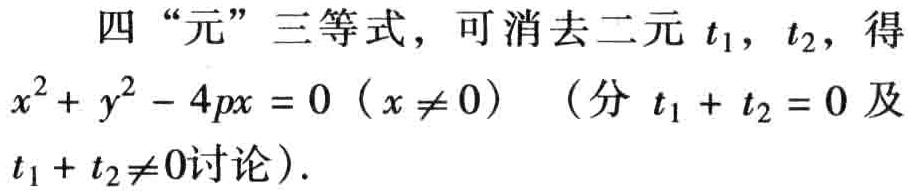
四“元”三等式，可消去二元 \(t_1\)，\(t_2\)，得
\(x^{2}+y^{2}-4px = 0\ (x\neq 0)\) （分 \(t_1 + t_2 = 0\) 及
\(t_1 + t_2\neq 0\)讨论）.